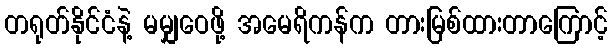
တရုတ်နိုင်ငံနဲ့ မမျှဝေဖို့ အမေရိကန်က တားမြစ်ထားတာကြောင့်